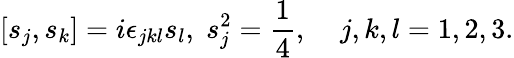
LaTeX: [s_{j},s_{k}]=i\epsilon_{jkl}s_{l},\; s_{j}^{2}=\frac{1}{4},\; \; \; \; j,k,l=1,2,3.